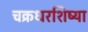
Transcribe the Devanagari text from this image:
चक्रधरशिष्या